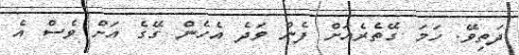
ދަތިވޭ. ހަމަ ގޭތެރެއަށް ފެން ވަދެ އެހެން ގޭގެ އަށް ވެސް އެ